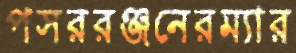
পসররঞ্জনেরম্যার